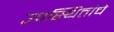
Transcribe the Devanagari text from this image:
उपस्थितांचे